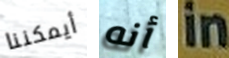
أيمكننا أنه in